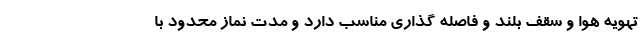
تهویه هوا و سقف بلند و فاصله گذاری مناسب دارد و مدت نماز محدود با